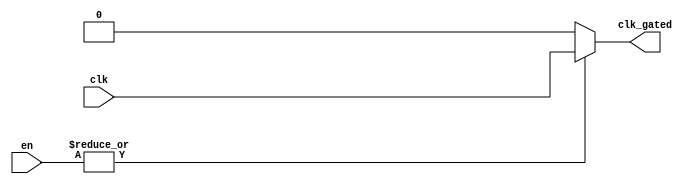
module clock_gating (
    input wire clk,                // Primary clock signal
    input wire [N-1:0] en,        // Enable signals (N is the number of enable signals)
    output wire clk_gated         // Gated clock signal
);

parameter N = 4; // Adjust the number of enable signals as needed

// Internal signal to determine if any enable signal is high
wire enable_any;

// OR gate to check if any enable signal is active
assign enable_any = |en; // Bitwise OR of all enable signals

// Gated clock logic
assign clk_gated = enable_any ? clk : 1'b0; // Pass clk if any enable is high, else 0

endmodule